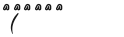
(